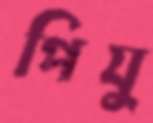
পিযু